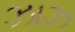
ઝાઝ